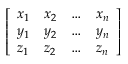
\left[ \begin{array} { l l l l } { x _ { 1 } } & { x _ { 2 } } & { \dots } & { x _ { n } } \\ { y _ { 1 } } & { y _ { 2 } } & { \dots } & { y _ { n } } \\ { z _ { 1 } } & { z _ { 2 } } & { \dots } & { z _ { n } } \end{array} \right]